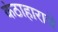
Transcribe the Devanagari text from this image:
कंठाहाराचे